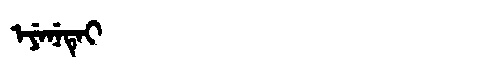
Manchu: ᡝᠶᡝᠨᡝᡨᡝᡳ
Romanization: EYENETEI